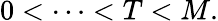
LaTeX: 0<\cdots<T<M.